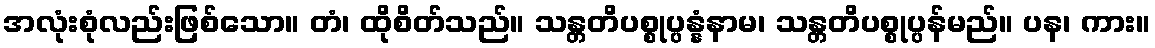
အလုံးစုံလည်းဖြစ်သော။ တံ၊ ထိုစိတ်သည်။ သန္တတိပစ္စုပ္ပန္နံနာမ၊ သန္တတိပစ္စုပ္ပန်မည်။ ပန၊ ကား။